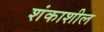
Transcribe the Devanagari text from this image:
शंकाशील